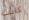
كانت